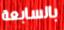
بالسابعة